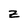
Character: z